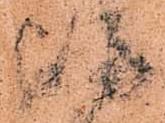
嶋